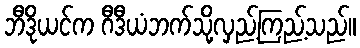
ဘီဒိုယင်က ဂီဒီယံဘက်သို့လှည့်ကြည့်သည်။